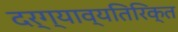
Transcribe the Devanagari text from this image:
दर्ग्याव्यतिरिक्त